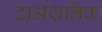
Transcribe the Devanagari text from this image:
दार्अशनिक